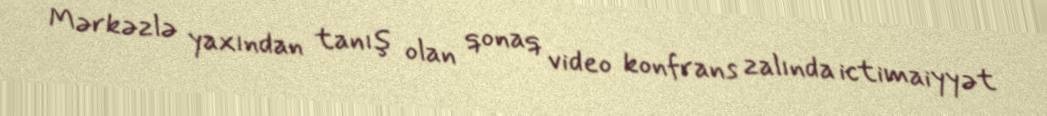
Mərkəzlə yaxından tanış olan qonaq video konfrans zalında ictimaiyyət